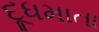
દૂધમાતા